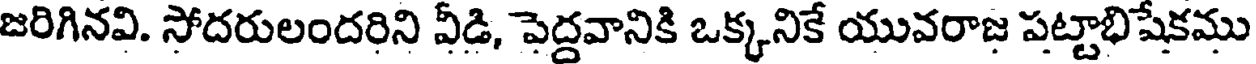
జరిగినవి. సోదరులందరిని వీడి, పెద్దవానికి ఒక్కనికే యువరాజ పట్టాభిషేకము